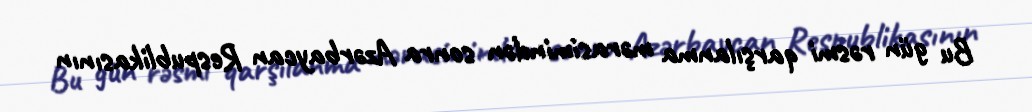
Bu gün rəsmi qarşılanma mərasimindən sonra Azərbaycan Respublikasının